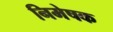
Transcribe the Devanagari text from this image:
निमेषक